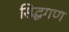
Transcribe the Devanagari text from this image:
सिद्धगण